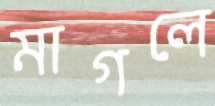
মাগলে